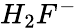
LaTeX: H_{2}F^{-}